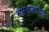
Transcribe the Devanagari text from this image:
समतावादियों